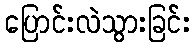
ပြောင်းလဲသွားခြင်း